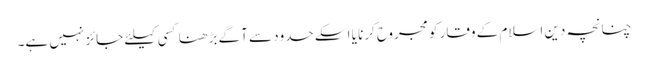
چنانچہ دین اسلام کے وقار کو مجروح کرنا یا اسکے حدود سے آگے بڑھنا کسی کیلئے جائز نہیں ہے۔